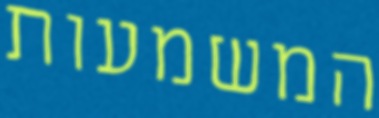
המשמעות